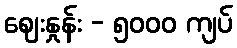
ဈေးနှုန်း - ၅၀၀၀ ကျပ်